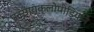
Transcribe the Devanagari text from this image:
एनसायक्लोपीडियाने